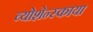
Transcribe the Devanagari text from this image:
व्योशेन्स्काया